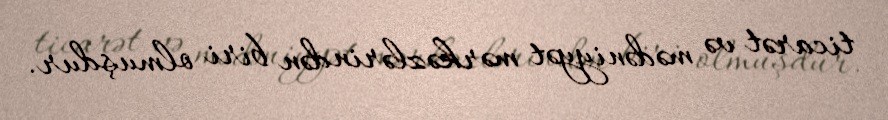
ticarət və mədəniyyət mərkəzlərindən biri olmuşdur.